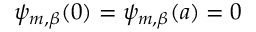
\psi _ { m , \beta } ( 0 ) = \psi _ { m , \beta } ( a ) = 0